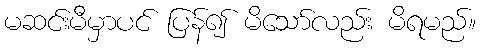
မဆင်းမီမှာပင် ပြန်၍ မိသော်လည်း မိရမည်။